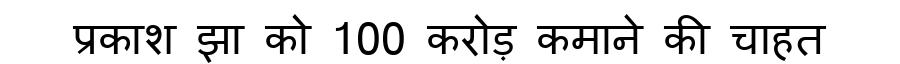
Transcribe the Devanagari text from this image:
प्रकाश झा को 100 करोड़ कमाने की चाहत